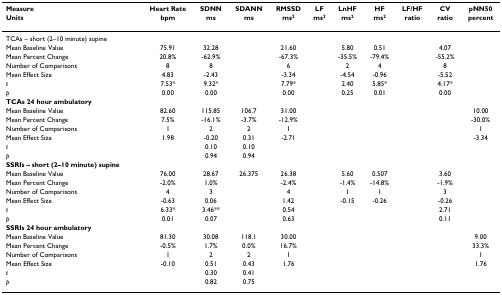
<table><thead><tr><td><b>Measure</b></td><td><b>Heart Rate</b></td><td><b>SDNN</b></td><td><b>SDANN</b></td><td><b>RMSSD</b></td><td><b>LF</b></td><td><b>LnHF</b></td><td><b>HF</b></td><td><b>LF/HF</b></td><td><b>CV</b></td><td><b>pNN50</b></td></tr><tr><td><b>Units</b></td><td><b>bpm</b></td><td><b>ms</b></td><td><b>ms</b></td><td><b>ms<sup>2</sup></b></td><td><b>ms<sup>2</sup></b></td><td><b>ms<sup>2</sup></b></td><td><b>ms<sup>2</sup></b></td><td><b>ratio</b></td><td><b>ratio</b></td><td><b>percent</b></td></tr></thead><tbody><tr><td>TCAs – short (2–10 minute) supine</td><td></td><td></td><td></td><td></td><td></td><td></td><td></td><td></td><td></td><td></td></tr><tr><td>Mean Baseline Value</td><td>75.91</td><td>32.28</td><td></td><td>21.60</td><td></td><td>5.80</td><td>0.51</td><td></td><td>4.07</td><td></td></tr><tr><td>Mean Percent Change</td><td>20.8%</td><td>-62.9%</td><td></td><td>-67.3%</td><td></td><td>-35.5%</td><td>-79.4%</td><td></td><td>-55.2%</td><td></td></tr><tr><td>Number of Comparisons</td><td>8</td><td>8</td><td></td><td>6</td><td></td><td>2</td><td>4</td><td></td><td>8</td><td></td></tr><tr><td>Mean Effect Size</td><td>4.83</td><td>-2.43</td><td></td><td>-3.34</td><td></td><td>-4.54</td><td>-0.96</td><td></td><td>-5.52</td><td></td></tr><tr><td><i>t</i></td><td>7.53*</td><td>9.32*</td><td></td><td>7.79*</td><td></td><td>2.40</td><td>5.85*</td><td></td><td>4.17*</td><td></td></tr><tr><td><i>p</i></td><td>0.00</td><td>0.00</td><td></td><td>0.00</td><td></td><td>0.25</td><td>0.01</td><td></td><td>0.00</td><td></td></tr><tr><td><b>TCAs 24 hour ambulatory</b></td><td></td><td></td><td></td><td></td><td></td><td></td><td></td><td></td><td></td><td></td></tr><tr><td>Mean Baseline Value</td><td>82.60</td><td>115.85</td><td>106.7</td><td>31.00</td><td></td><td></td><td></td><td></td><td></td><td>10.00</td></tr><tr><td>Mean Percent Change</td><td>7.5%</td><td>-16.1%</td><td>-3.7%</td><td>-12.9%</td><td></td><td></td><td></td><td></td><td></td><td>-30.0%</td></tr><tr><td>Number of Comparisons</td><td>1</td><td>2</td><td>2</td><td>1</td><td></td><td></td><td></td><td></td><td></td><td>1</td></tr><tr><td>Mean Effect Size</td><td>1.98</td><td>-0.20</td><td>0.31</td><td>-2.71</td><td></td><td></td><td></td><td></td><td></td><td>-3.34</td></tr><tr><td><i>t</i></td><td></td><td>0.10</td><td>0.10</td><td></td><td></td><td></td><td></td><td></td><td></td><td></td></tr><tr><td><i>p</i></td><td></td><td>0.94</td><td>0.94</td><td></td><td></td><td></td><td></td><td></td><td></td><td></td></tr><tr><td><b>SSRIs – short (2–10 minute) supine</b></td><td></td><td></td><td></td><td></td><td></td><td></td><td></td><td></td><td></td><td></td></tr><tr><td>Mean Baseline Value</td><td>76.00</td><td>28.67</td><td>26.375</td><td>26.38</td><td></td><td>5.60</td><td>0.507</td><td></td><td>3.60</td><td></td></tr><tr><td>Mean Percent Change</td><td>-2.0%</td><td>1.0%</td><td></td><td>-2.4%</td><td></td><td>-1.4%</td><td>-14.8%</td><td></td><td>-1.9%</td><td></td></tr><tr><td>Number of Comparisons</td><td>4</td><td>3</td><td></td><td>4</td><td></td><td>1</td><td>1</td><td></td><td>3</td><td></td></tr><tr><td>Mean Effect Size</td><td>-0.63</td><td>0.06</td><td></td><td>1.42</td><td></td><td>-0.15</td><td>-0.26</td><td></td><td>-0.26</td><td></td></tr><tr><td><i>t</i></td><td>6.33*</td><td>3.46**</td><td></td><td>0.54</td><td></td><td></td><td></td><td></td><td>2.71</td><td></td></tr><tr><td><i>p</i></td><td>0.01</td><td>0.07</td><td></td><td>0.63</td><td></td><td></td><td></td><td></td><td>0.11</td><td></td></tr><tr><td><b>SSRIs 24 hour ambulatory</b></td><td></td><td></td><td></td><td></td><td></td><td></td><td></td><td></td><td></td><td></td></tr><tr><td>Mean Baseline Value</td><td>81.30</td><td>30.08</td><td>118.1</td><td>30.00</td><td></td><td></td><td></td><td></td><td></td><td>9.00</td></tr><tr><td>Mean Percent Change</td><td>-0.5%</td><td>1.7%</td><td>0.0%</td><td>16.7%</td><td></td><td></td><td></td><td></td><td></td><td>33.3%</td></tr><tr><td>Number of Comparisons</td><td>1</td><td>2</td><td>2</td><td>1</td><td></td><td></td><td></td><td></td><td></td><td>1</td></tr><tr><td>Mean Effect Size</td><td>-0.10</td><td>0.51</td><td>0.43</td><td>1.76</td><td></td><td></td><td></td><td></td><td></td><td>1.76</td></tr><tr><td><i>t</i></td><td></td><td>0.30</td><td>0.41</td><td></td><td></td><td></td><td></td><td></td><td></td><td></td></tr><tr><td><i>p</i></td><td></td><td>0.82</td><td>0.75</td><td></td><td></td><td></td><td></td><td></td><td></td><td></td></tr></tbody></table>